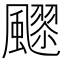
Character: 𱃍